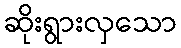
ဆိုးရွားလှသော